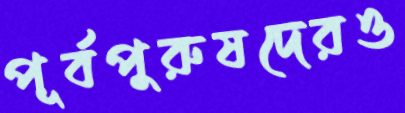
পূর্বপুরুষদেরও